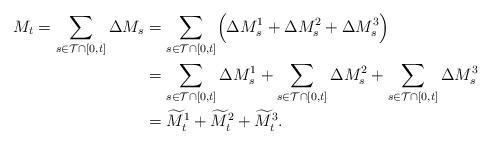
LaTeX: \begin{align*} M_t = \sum_{s\in \mathcal T \cap [0, t]} \Delta M_s &= \sum_{s\in \mathcal T \cap [0, t]} \Bigl(\Delta M^1_s + \Delta M^2_s + \Delta M^3_s\Bigr)\\ &=\sum_{s\in \mathcal T \cap [0, t]} \Delta M^1_s + \sum_{s\in \mathcal T \cap [0, t]}\Delta M^2_s + \sum_{s\in \mathcal T \cap [0, t]}\Delta M^3_s\\ &= \widetilde M^1_t + \widetilde M^2_t + \widetilde M^3_t.\end{align*}